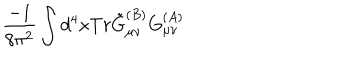
LaTeX: \frac { - 1 } { 8 \pi ^ { 2 } } \int d ^ { 4 } x T r \tilde { G } _ { \mu \nu } ^ { ( B ) } G _ { \mu \nu } ^ { ( A ) }